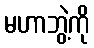
မဟာဘွဲ့ကို